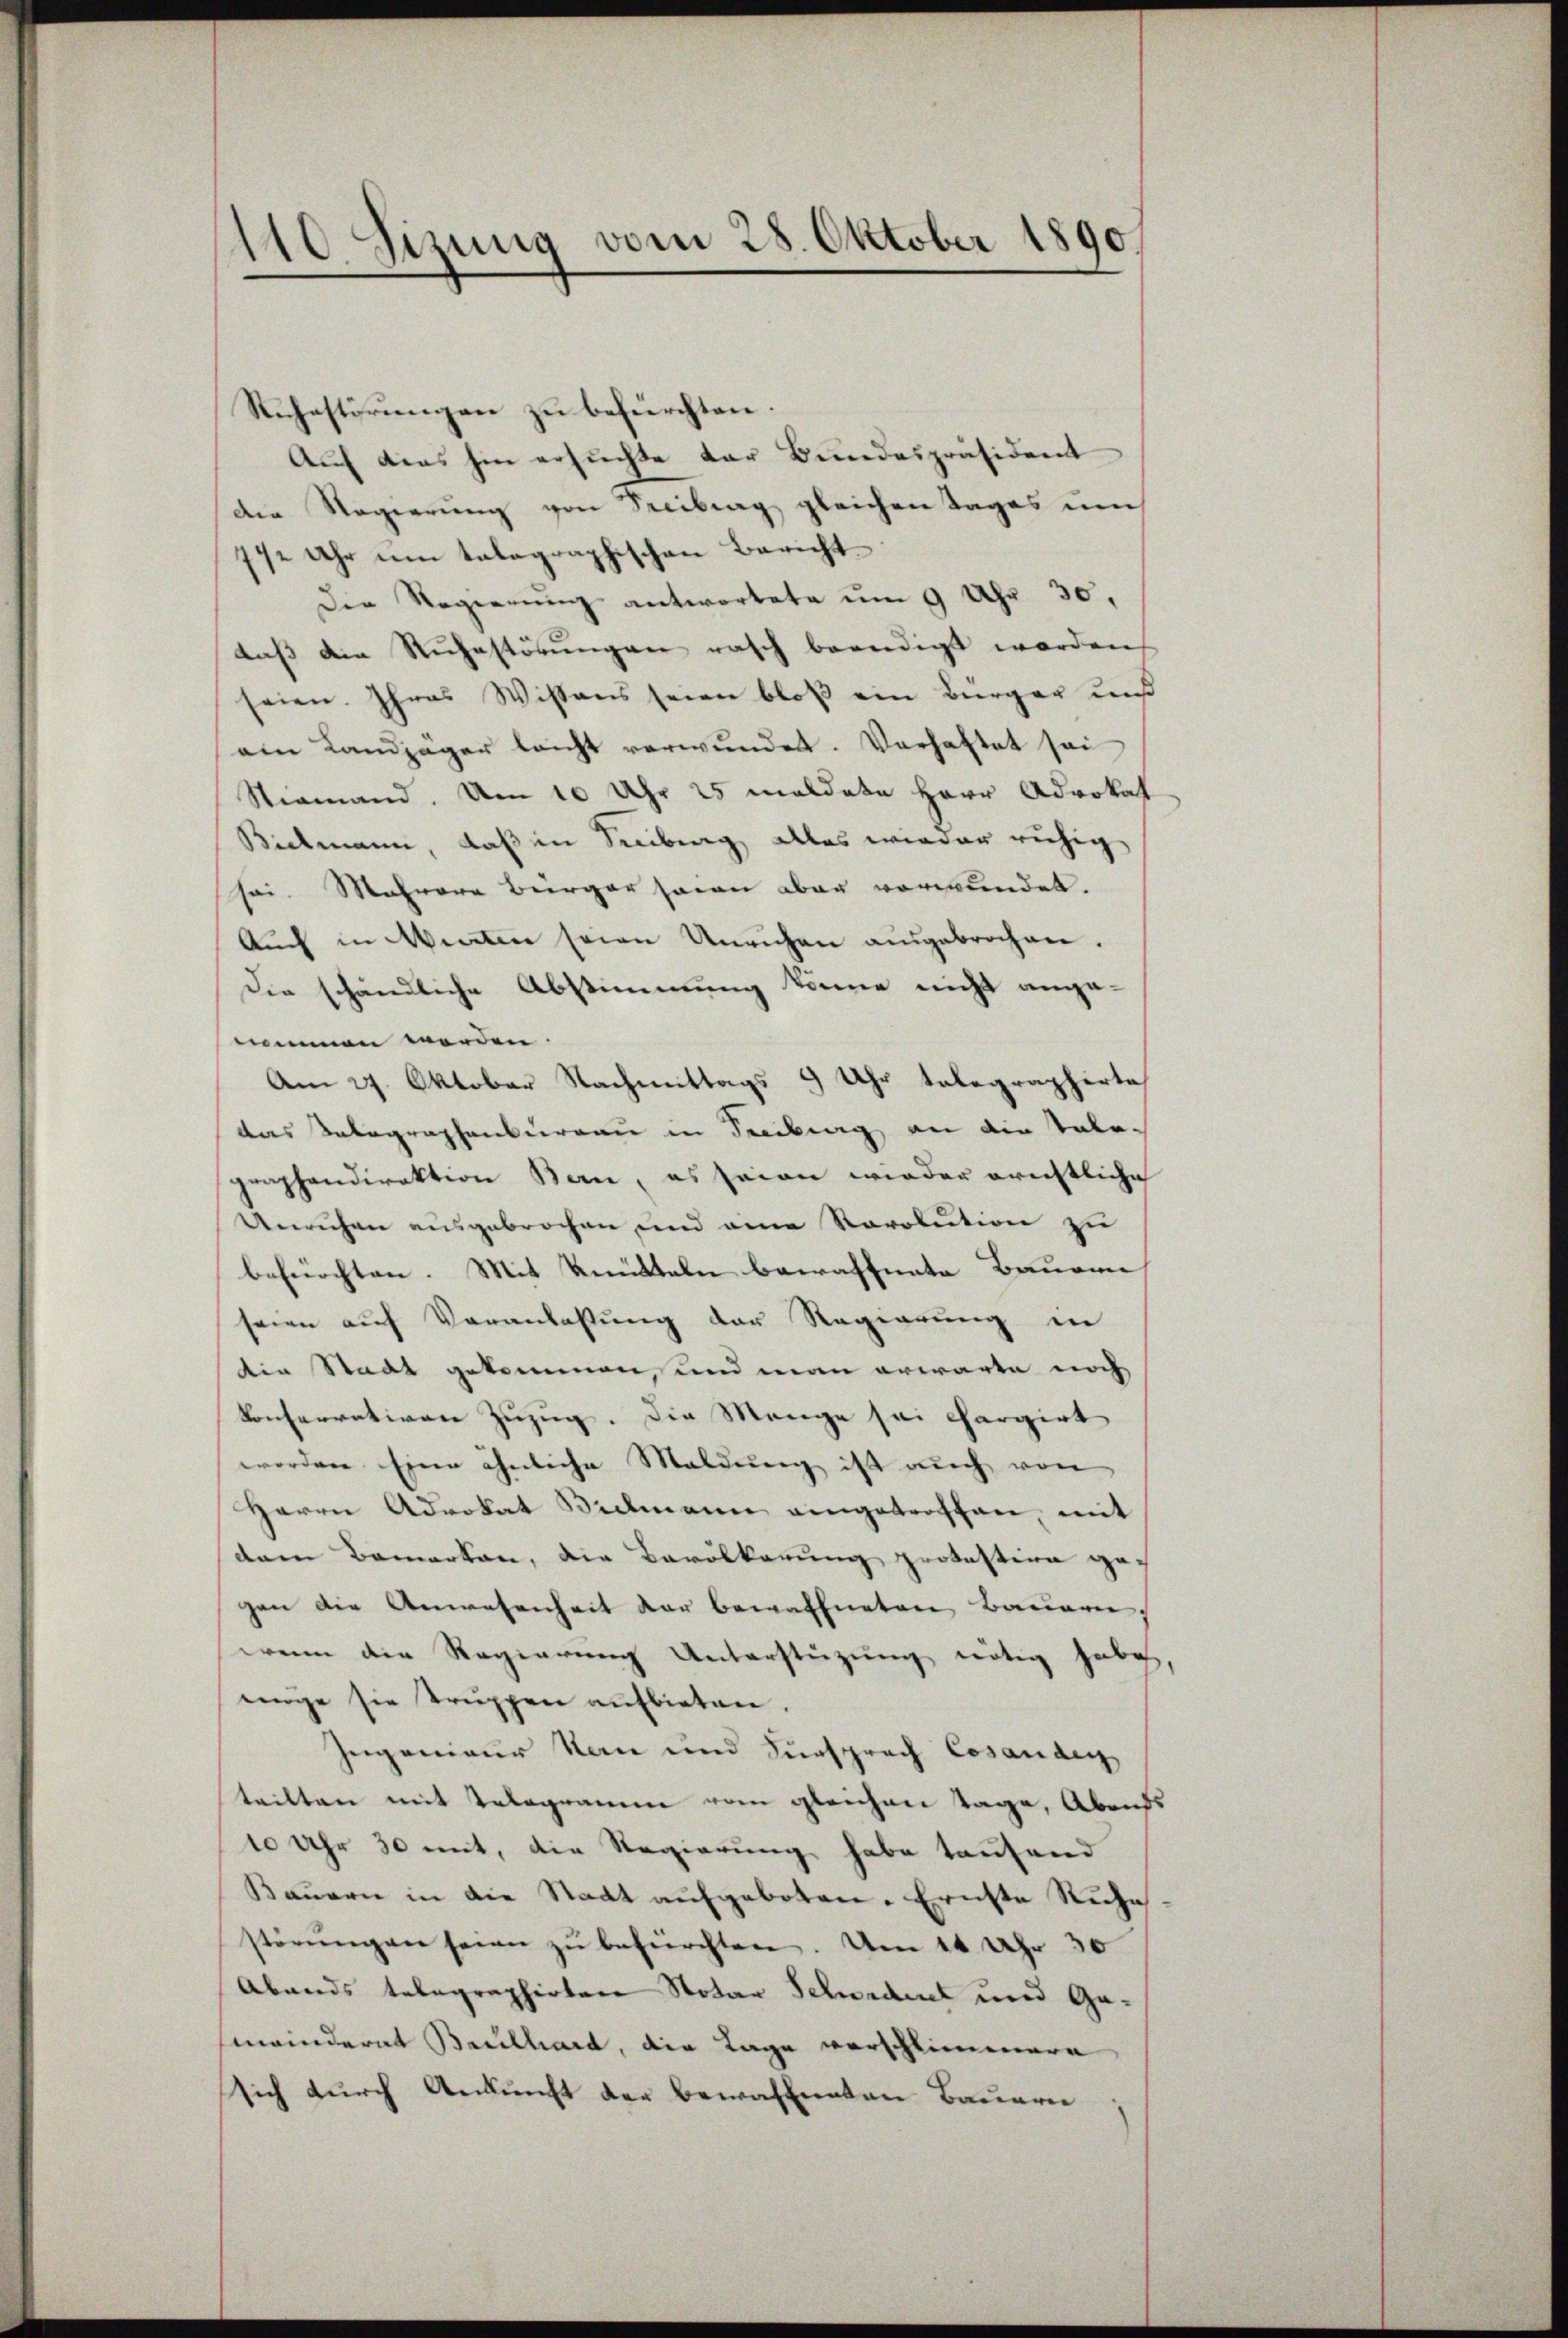
Sizung vom 28. Oktober 1890.
d

Ruhestörungen zu befürchten.
Auf dies hin ersuchte der Bundespräsident
die Regierŭng von Freibung gleichen Tages um
12 Uhr um talographischen Bericht
Die Regierŭng antwortete um 9 Uhr 30.
daβ die Rŭhestörŭngen rasch beendigt worden,
seien. Ihres Wissens seien bloß ein Bürger uns
am Landjäger leicht verwŭndet. Verhaftet sei
Niemand. Um 10 Uhr 25 meldete Herr Advokal
Bielmann, daß in Siberg alles wieder ruhig
sei. Mehrere Bürger sein aber verwundet.
Auch in Winten seien Unruhen ausgebrochen.
Die schändliche Abstimmung könne nicht angenommen werden.
Am 27. Oktober Nachmittags 9 Uhr telegraphirte
das Telegraphenbureau in Tribung an die Tala-
graphendirektion Bern, es seien wieder erechtliche
Unruhen ausgebrochen und eine Revolution zu
befürchten. Mit Knütteln bewaffnete Bauren
seien auf Veranlassung der Regierung in
tin Stadt gekommen, und man erwarte noch
konferrativen Zuzug. Die Mange sei Chargirt
worden Eine ähnliche Maldung ist auch von
Herrn Advokat Bielmann eingetroffen, mit
dem Bemerken, die Bevölkerung protestire gegen die Anwesenheit der bewaffneten Bauern,
wenn die Regierung Unterstützung nötig habe.
einge sie Truppen aufbieten.
segenieur Nan und Fürsprach Cesanden
tritten mit Telegramm vom gleichen Tage, Abends
10 Uhr 30 mit, die Regierung habe tausend
Bauern in die Stadt aufgeboten. Ernste Ruche
störŭngen seien zŭ befürchten. Am 11 Uhr 30
Abends telegraphirten Notar Schwerdent und Gameinderat Bruelhard, die Lage verschlimmern
sich durch Ankunft der bewaffneten Bauern